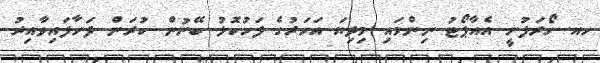
ހއ. ހޯރަފުށީ އެއާޕޯޓު ނިންމައި މިދިޔަ އަހަރުގެ ފަހުކޮޅު ބޭނުން ކުރަން ފަށާފައިވާއިރު